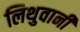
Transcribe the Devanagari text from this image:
लिथुवानी